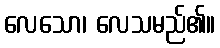
လေသော၊ လေသမည်၏။